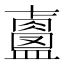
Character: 𥃐